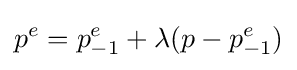
p^{e}=p_{-1}^{e}+\lambda (p-p_{-1}^{e})